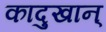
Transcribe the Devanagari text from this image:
कादुखान्